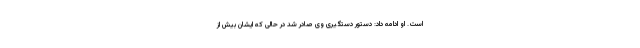
است. او ادامه داد: دستور دستگیری وی صادر شد در حالی که ایشان بیش از